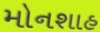
મોનશાહ